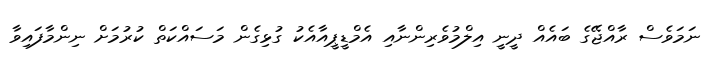
ނަމަވެސް ރާއްޖޭގެ ބައެއް ދީނީ އިލްމުވެރިންނާއި އެމްޑީޕީއާއެކު ގުޅިގެން މަސައްކަތް ކުރުމަށް ނިންމާފައިވާ